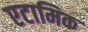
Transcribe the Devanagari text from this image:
एटामिक